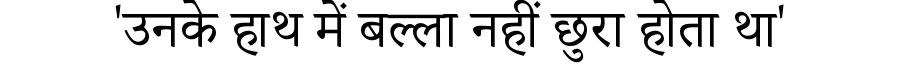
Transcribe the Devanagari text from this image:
'उनके हाथ में बल्ला नहीं छुरा होता था'